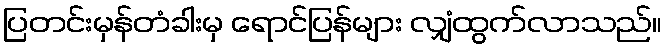
ပြတင်းမှန်တံခါးမှ ရောင်ပြန်များ လျှံထွက်လာသည်။